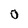
Character: O